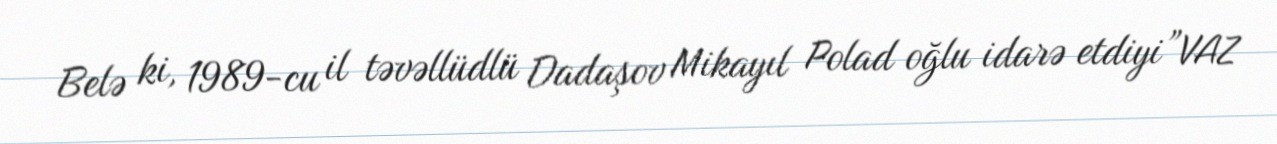
Belə ki, 1989-cu il təvəllüdlü Dadaşov Mikayıl Polad oğlu idarə etdiyi”VAZ